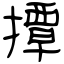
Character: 撢